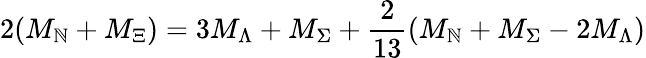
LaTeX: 2(M_{\mathbb{N}}+M_{\Xi})=3M_{\Lambda}+M_{\Sigma}+\frac{{2}}{{13}}(M_{\mathbb{N}}+M_{\Sigma}-2M_{\Lambda})